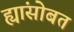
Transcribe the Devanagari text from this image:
ह्यांसोबत